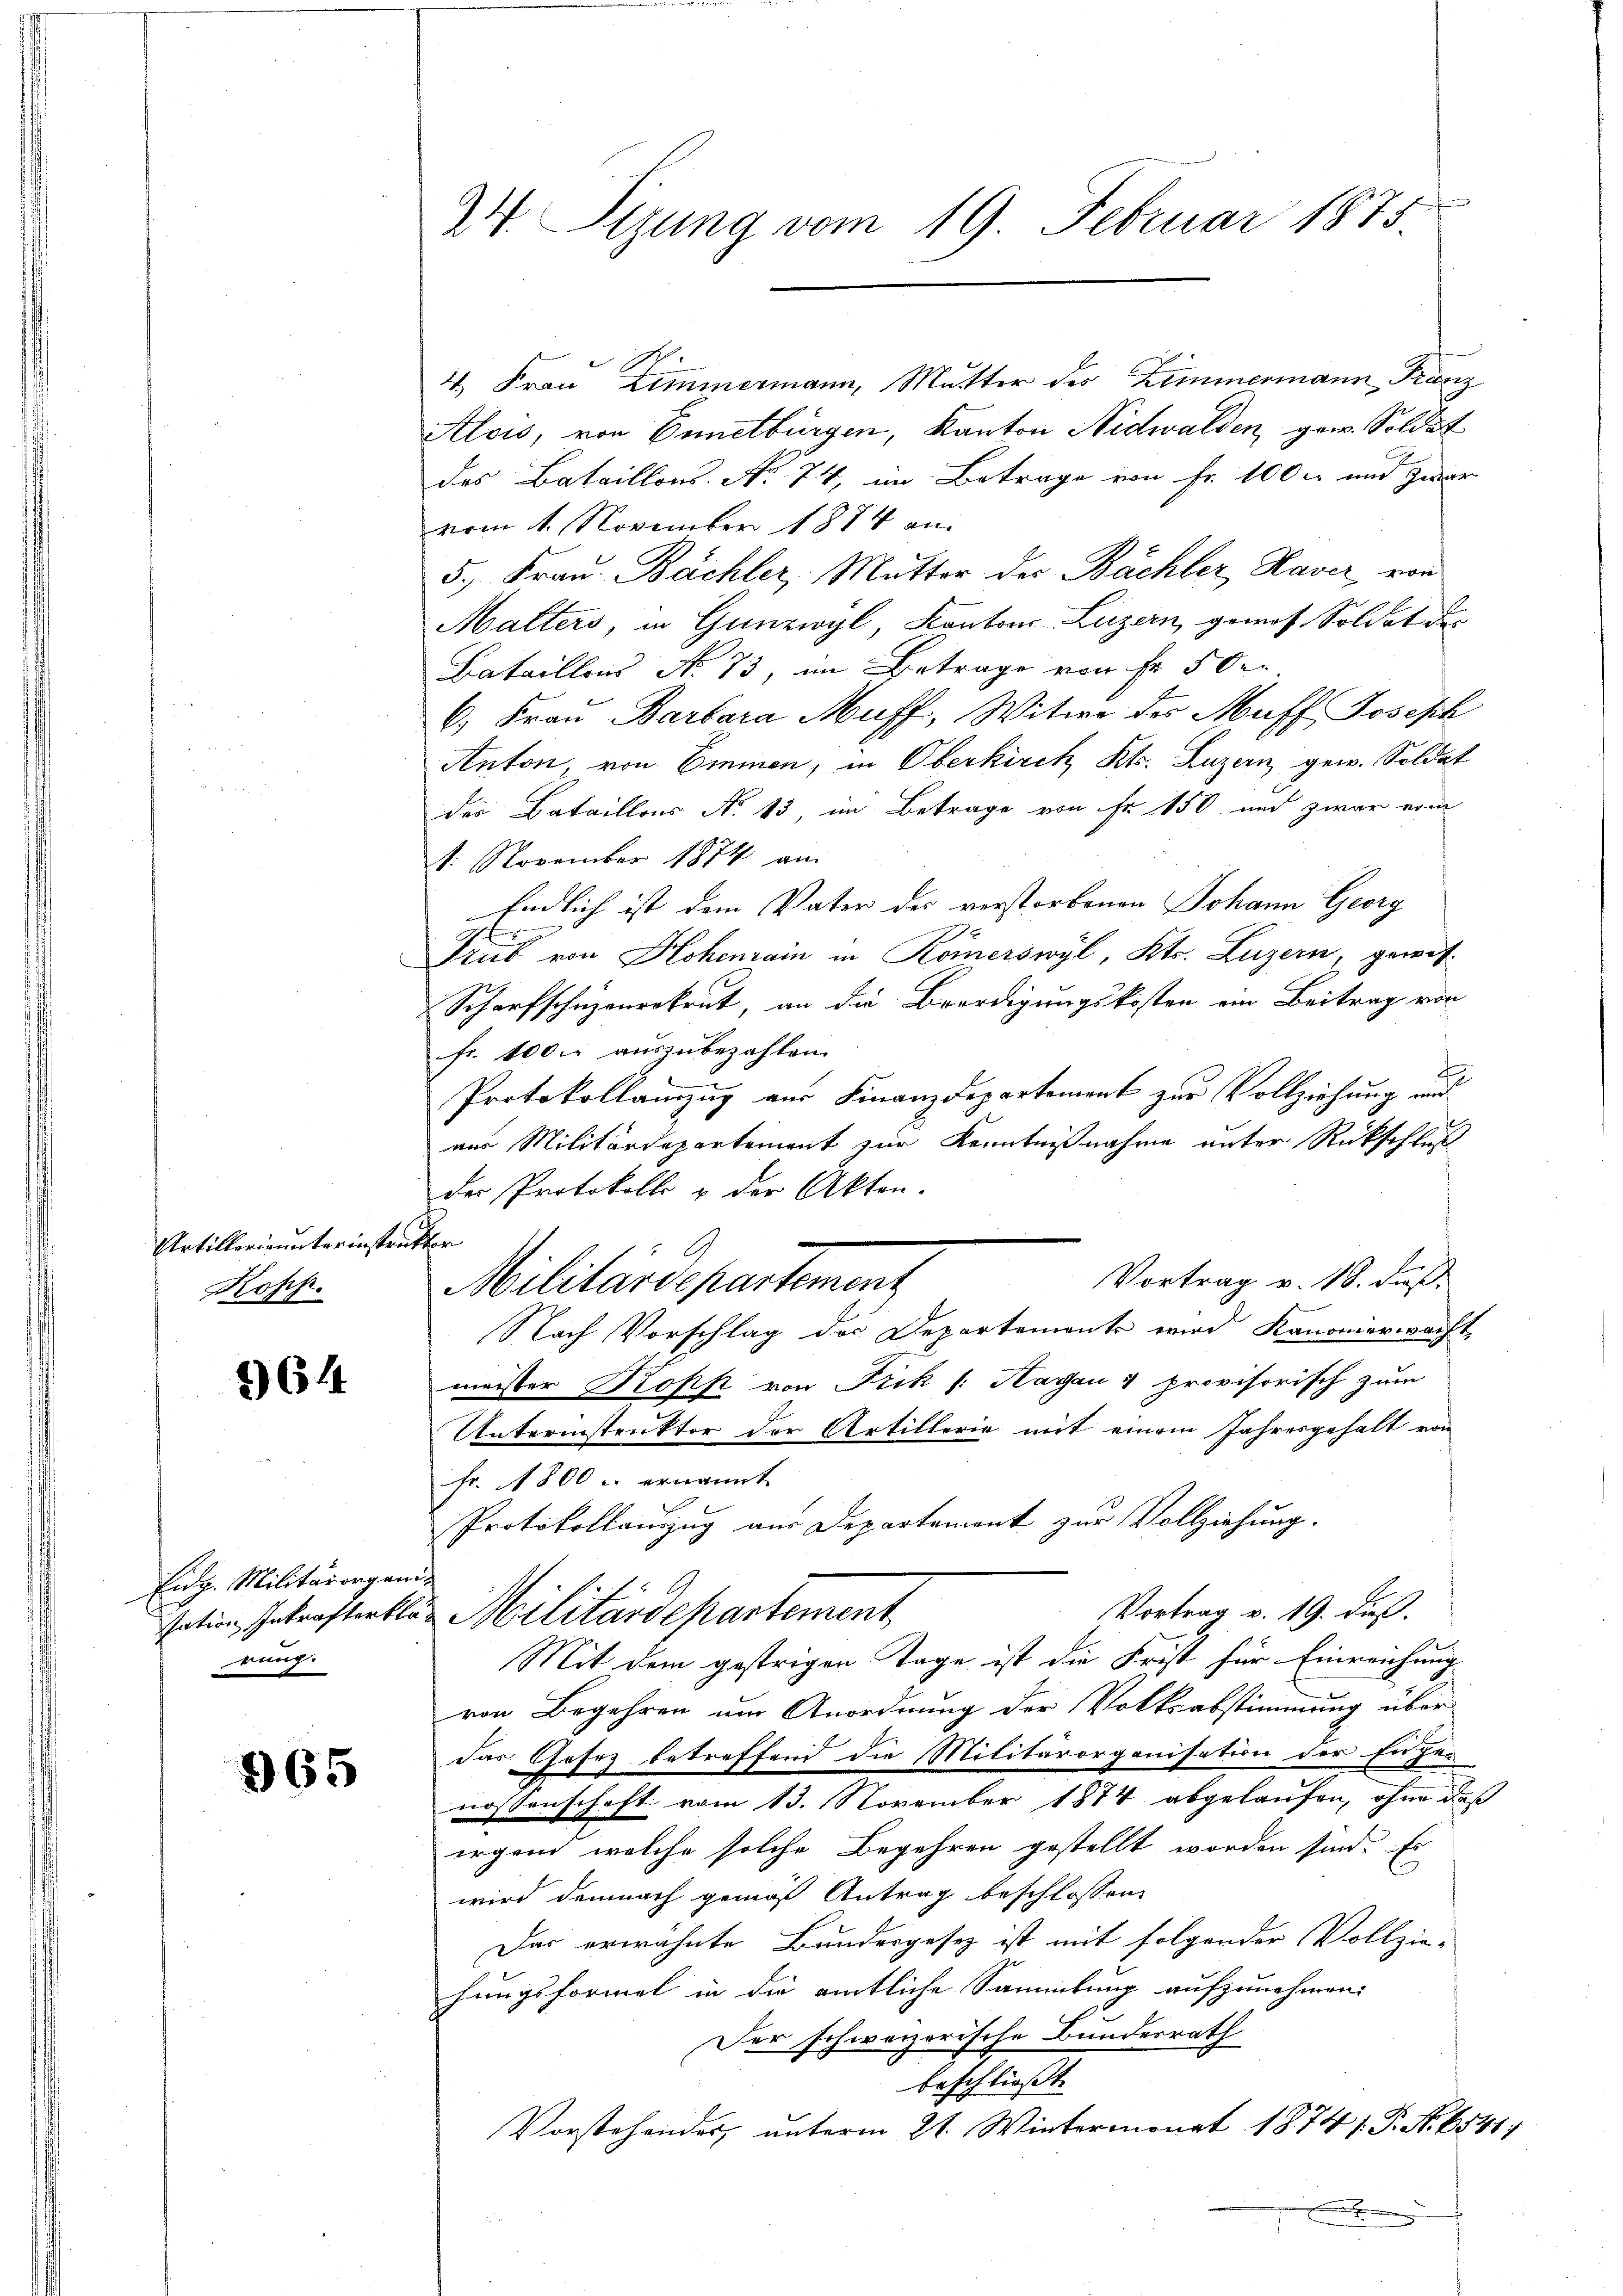
Artillerie unterinstruktor
Rosch.

264

4, Frau Zimmermann, Mutter des Zimmermann Franz
Alois, von Ennetbürgen, Kanton Nidwalden, gew. Soldat
des Bataillons No 74, im Betrage von Fr. 100 l. und zwar
vom 1. November 1874 an
5.) Frau Bächler, Mutter der Bächler, Haver, von
Malters, in Gunzioyl, Kantons Luzern, gewos Soldat des
Bataillons No 73, im Betrage von Fr. 50
6. Frau Barbara Muff, Witwe der Maff Joseph
Anton, von Emmen, in Oberkirch, Kts. Luzern, gew. Soldat
der Bataillons No 13, im Betrage von Fr. 150 und zwar von
1. November 1874 am
Endlich ist dem Vater des verstorbenen Johann Georg
Prub von Hohenrain in Römerswyl, Kts. Luzern, gewoh¬
Scharfschuzenrekrut, an die Beerdigungskosten ein Beitrag von
fr. 100. auszubezahlen.
Protokollamzug aus Finanzdepartement zur Vollziehung und
aus Militärdepartement zur Kenntnißnahme unter Rückschluß
der Protokolle & der Akten.
Vortrag v. 18. dieß
Militärdepartement
Nach Vorschlag des Departemente wird Kanonerwacht,
meister Kopp von Frik (: Hagen & provisorisch zum
Unterinstruktor der Artillerie mit einem Jahresgehalt von
Fr. 1800 u. ernannt
Protokollauszug aus Departement zur Vollziehung.
Vortrag v. 19. dieß.
sation, Petroffentlas Militärdepartement
Mit dem gestrigen Tage ist die Frist für Einreichung
von Begehren um Anordnung der Volksabstimmung über
das Gesez betreffend die Militärorganisation der Enter
nossenschaft vom 13. November 1874 abgelaufen, ohne daß
irgend, welche solche Begehren gestellt worden sind. Es
wird demnach gemäß Antrag beschlossen,
Das erwähnte Bundesgesez ist mit folgender Vollzie-
hungsformel in die amtliche Sammlung aufzunehmen.
Der schweizerische Bundesrath
beschließt:
Vorstehendes, unterm 21. Wintermonat 1874 f. P. Nr. 1541,

Eidg. Militärorganirung.

965

24. Sizung vom 19. Februar 1875.